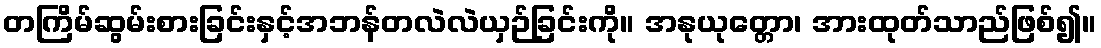
တကြိမ်ဆွမ်းစားခြင်းနှင့်အဘန်တလဲလဲယှဉ်ခြင်းကို။ အနုယုတ္တော၊ အားထုတ်သာည်ဖြစ်၍။